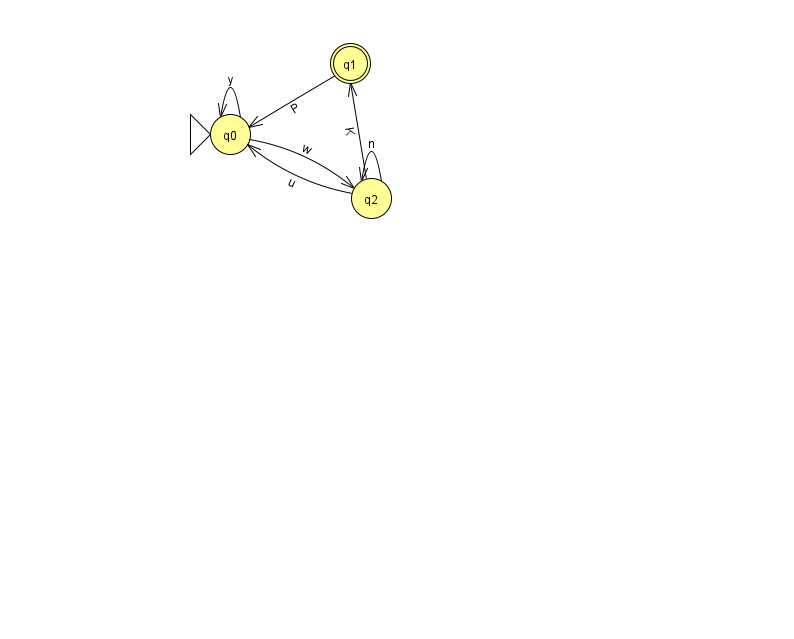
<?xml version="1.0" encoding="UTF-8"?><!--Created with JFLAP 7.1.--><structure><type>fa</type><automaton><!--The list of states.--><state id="0" name="q0"><x>230.0</x><y>121.0</y><initial/></state><state id="1" name="q1"><x>350.0</x><y>50.0</y><final/></state><state id="2" name="q2"><x>371.0</x><y>185.0</y></state><!--The list of transitions.--><transition><from>2</from><to>0</to><read>u</read></transition><transition><from>2</from><to>1</to><read>K</read></transition><transition><from>0</from><to>2</to><read>w</read></transition><transition><from>0</from><to>0</to><read>y</read></transition><transition><from>1</from><to>0</to><read>P</read></transition><transition><from>2</from><to>2</to><read>n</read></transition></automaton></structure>